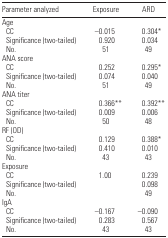
| Parameter analyzed | Exposure | ARD |
 | --- | --- | --- |
 | <COLSPAN=3> Age |
 | CC | −0.015 | 0.304* |
 | Significance (two-tailed) | 0.920 | 0.034 |
 | No. | 51 | 49 |
 | <COLSPAN=3> ANA score |
 | CC | 0.252 | 0.295* |
 | Significance (two-tailed) | 0.074 | 0.040 |
 | No. | 51 | 49 |
 | <COLSPAN=3> ANA titer |
 | CC | 0.366** | 0.392** |
 | Significance (two-tailed) | 0.009 | 0.006 |
 | No. | 50 | 48 |
 | <COLSPAN=3> RF (OD) |
 | CC | 0.129 | 0.388* |
 | Significance (two-tailed) | 0.410 | 0.010 |
 | No. | 43 | 43 |
 | <COLSPAN=3> Exposure |
 | CC | 1.00 | 0.239 |
 | Significance (two-tailed) |  | 0.098 |
 | No. |  | 49 |
 | <COLSPAN=3> IgA |
 | CC | −0.167 | −0.090 |
 | Significance (two-tailed) | 0.283 | 0.567 |
 | No. | 43 | 43 |